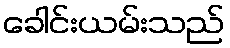
ခေါင်းယမ်းသည်